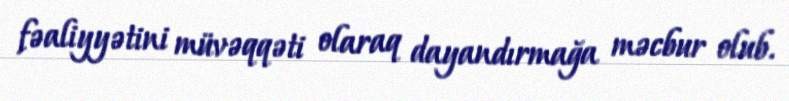
fəaliyyətini müvəqqəti olaraq dayandırmağa məcbur olub.